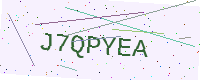
Text: J7QPYEA